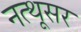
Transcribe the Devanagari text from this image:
नत्थूसर